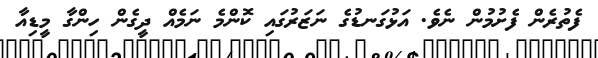
ފެތުރެން ފެށުމުން ނެވެ. އަޅުގަނޑުގެ ނަޒަރުގައި ކޮންމެ ނަމެއް ދީގެން ހިންގާ މީޑިއާ